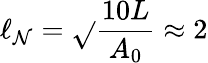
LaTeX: \ell_{\mathcal{N}}=\sqrt{}{{\frac{{10L}}{{A_{0}}}}}\approx2